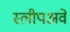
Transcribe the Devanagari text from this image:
स्लीपअवे